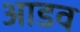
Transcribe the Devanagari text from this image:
आडव